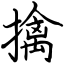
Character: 擒